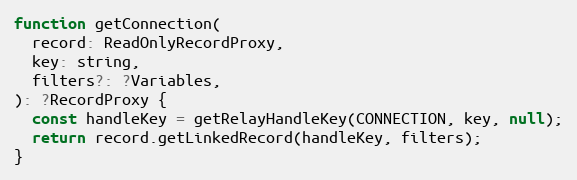
Language: JavaScript
function getConnection(
  record: ReadOnlyRecordProxy,
  key: string,
  filters?: ?Variables,
): ?RecordProxy {
  const handleKey = getRelayHandleKey(CONNECTION, key, null);
  return record.getLinkedRecord(handleKey, filters);
}